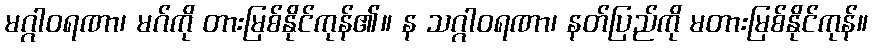
မဂ္ဂါဝရဏာ၊ မဂ်ကို တားမြစ်နိုင်ကုန်၏။ န သဂ္ဂါဝရဏာ၊ နတ်ပြည်ကို မတားမြစ်နိုင်ကုန်။